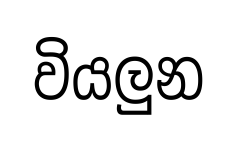
වියලුන